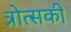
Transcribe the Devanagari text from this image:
त्रोत्सकी